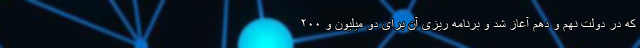
که در دولت نهم و دهم آغاز شد و برنامه ریزی آن برای دو میلیون و ۲۰۰